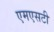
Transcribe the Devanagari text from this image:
एमएसटी